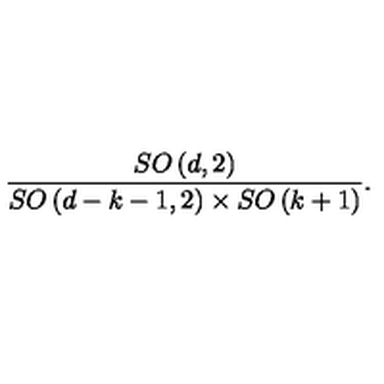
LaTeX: \frac { S O \left( d , 2 \right) } { S O \left( d - k - 1 , 2 \right) \times S O \left( k + 1 \right) } .